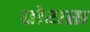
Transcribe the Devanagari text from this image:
प्रोयस